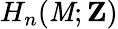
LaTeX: H_{n}(\mathit{M};\mathbf{{Z}})